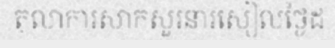
តុលាការសាកសួរនារសៀលថ្ងៃដ